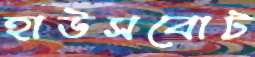
হাউসবোট